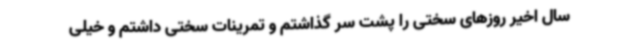
سال اخیر روزهای سختی را پشت سر گذاشتم و تمرینات سختی داشتم و خیلی